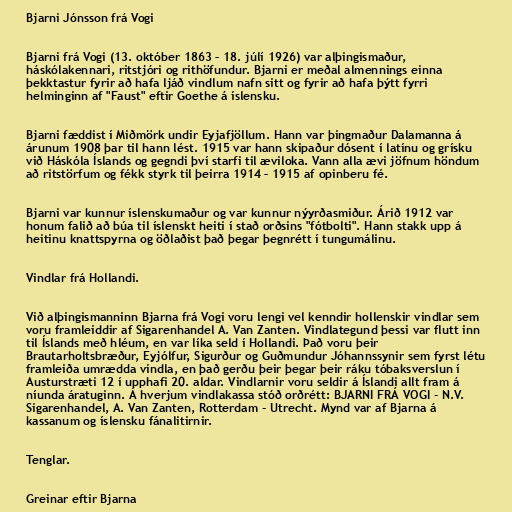
Bjarni Jónsson frá Vogi

Bjarni frá Vogi (13. október 1863 – 18. júlí 1926) var alþingismaður,
háskólakennari, ritstjóri og rithöfundur. Bjarni er meðal almennings einna
þekktastur fyrir að hafa ljáð vindlum nafn sitt og fyrir að hafa þýtt fyrri
helminginn af "Faust" eftir Goethe á íslensku.

Bjarni fæddist í Miðmörk undir Eyjafjöllum. Hann var þingmaður Dalamanna á
árunum 1908 þar til hann lést. 1915 var hann skipaður dósent í latínu og grísku
við Háskóla Íslands og gegndi því starfi til æviloka. Vann alla ævi jöfnum höndum
að ritstörfum og fékk styrk til þeirra 1914 – 1915 af opinberu fé.

Bjarni var kunnur íslenskumaður og var kunnur nýyrðasmiður. Árið 1912 var
honum falið að búa til íslenskt heiti í stað orðsins "fótbolti". Hann stakk upp á
heitinu knattspyrna og öðlaðist það þegar þegnrétt í tungumálinu.

Vindlar frá Hollandi.

Við alþingismanninn Bjarna frá Vogi voru lengi vel kenndir hollenskir vindlar sem
voru framleiddir af Sigarenhandel A. Van Zanten. Vindlategund þessi var flutt inn
til Íslands með hléum, en var líka seld í Hollandi. Það voru þeir
Brautarholtsbræður, Eyjólfur, Sigurður og Guðmundur Jóhannssynir sem fyrst létu
framleiða umrædda vindla, en það gerðu þeir þegar þeir ráku tóbaksverslun í
Austurstræti 12 í upphafi 20. aldar. Vindlarnir voru seldir á Íslandi allt fram á
níunda áratuginn. Á hverjum vindlakassa stóð orðrétt: BJARNI FRÁ VOGI - N.V.
Sigarenhandel, A. Van Zanten, Rotterdam - Utrecht. Mynd var af Bjarna á
kassanum og íslensku fánalitirnir.

Tenglar.

Greinar eftir Bjarna